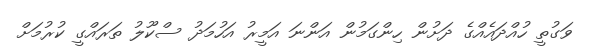
ވަގުތީ ހުއްދައެއްގެ ދަށުން ހިންގަމުން އަންނަ އަމީރު އަހުމަދު ސްކޫލު ތަރައްގީ ކުރުމަށް